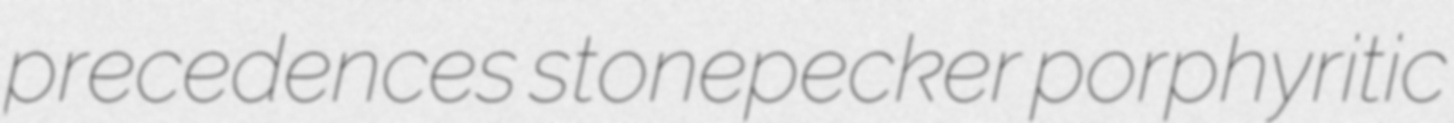
precedences stonepecker porphyritic